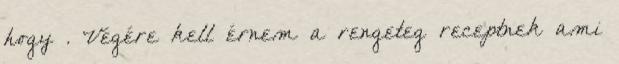
hogy . Végére kell érnem a rengeteg receptnek ami